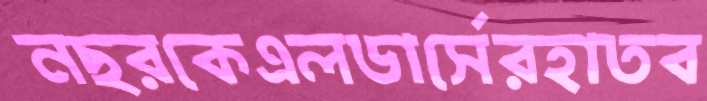
নছরকেএলডার্সেরহাতব